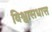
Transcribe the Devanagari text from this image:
विश्वासधात्त